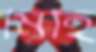
মিহি